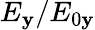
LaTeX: E_{\mathbf{y}}/E_{0\mathbf{y}}